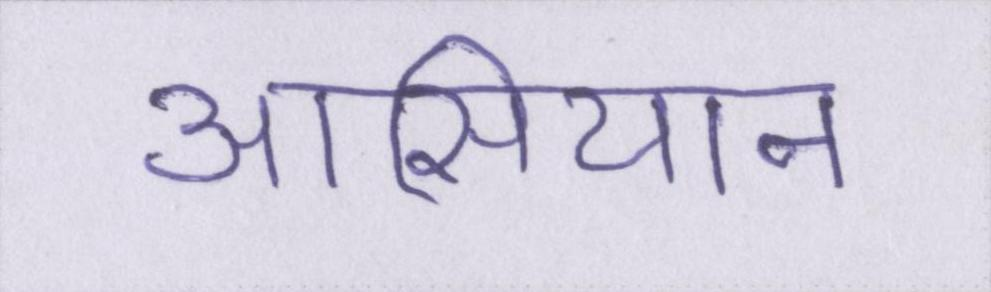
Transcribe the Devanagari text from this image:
आसियान